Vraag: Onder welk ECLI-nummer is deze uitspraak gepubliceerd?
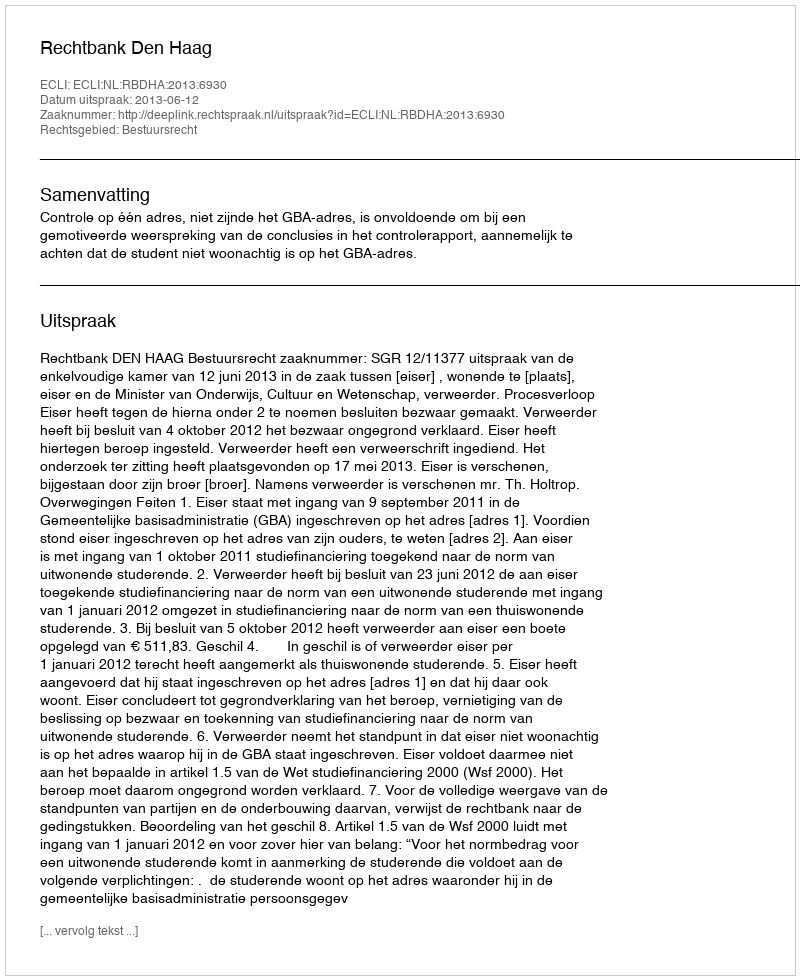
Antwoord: ECLI:NL:RBDHA:2013:6930